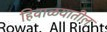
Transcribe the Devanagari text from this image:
हिवाळयातील